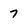
Character: 7